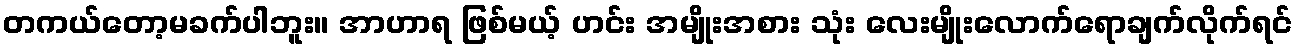
တကယ်တော့မခက်ပါဘူး။ အာဟာရ ဖြစ်မယ့် ဟင်း အမျိုးအစား သုံး လေးမျိုးလောက်ရောချက်လိုက်ရင်